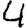
Digit: 4